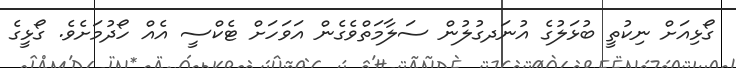
ގޯޅިއަށް ނިކުތީ ބުޅަލުގެ އުުނަދގުލުން ސަލާމަތްވެގެން އަވަހަށް ޓެކްސީ އެއް ހޯދުމަށެވެ. ގޯޅީގެ